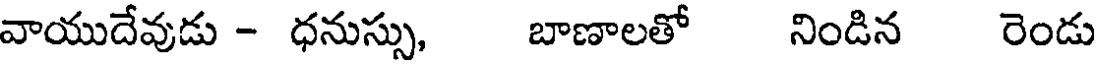
వాయుదేవుడు - ధనుస్సు, బాణాలతో నిండిన రెండు